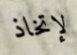
لإتخاذ